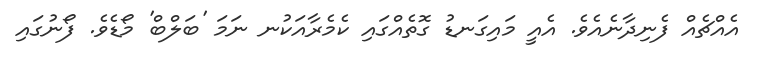
އެއްޗެއް ފެނިދާނެއެވެ. އެއީ މައިގަނޑު ގޮތެއްގައި ކެމެރާއަކުނ ނަމަ 'ބަލްބް' މޯޑެވެ. ފޯނުގައި